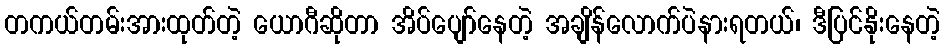
တကယ်တမ်းအားထုတ်တဲ့ ယောဂီဆိုတာ အိပ်ပျော်နေတဲ့ အချိန်လောက်ပဲနားရတယ်၊ ဒီပြင်နိုးနေတဲ့